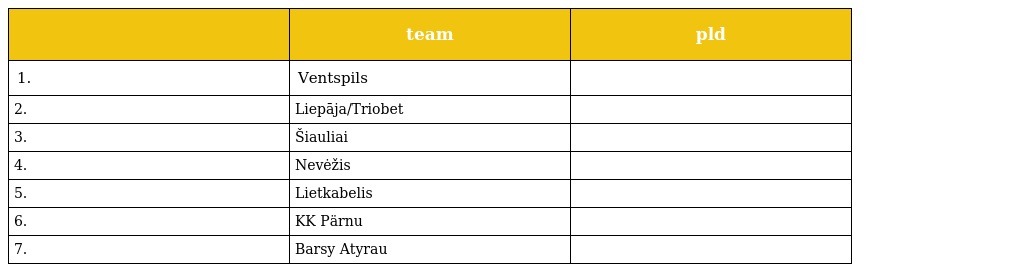
|  | team | pld |
 | --- | --- | --- |
 | 1. | Ventspils |  |
 | 2. | Liepāja/Triobet |  |
 | 3. | Šiauliai |  |
 | 4. | Nevėžis |  |
 | 5. | Lietkabelis |  |
 | 6. | KK Pärnu |  |
 | 7. | Barsy Atyrau |  |